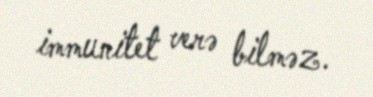
immunitet verə bilməz.